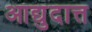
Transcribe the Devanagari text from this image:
आद्युदात्त